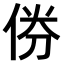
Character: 𠉅